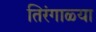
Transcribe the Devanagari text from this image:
तिरंगाळ्या